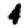
Digit: 4